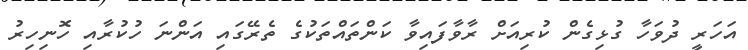
އަހަރީ ދުވަހާ ގުޅިގެން ކުރިއަށް ރާާވާފައިވާ ކަންތައްތަކުގެ ތެރޭގައި އަންނަ ހުކުރާއި ހޮނިހިރު